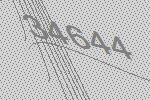
34644